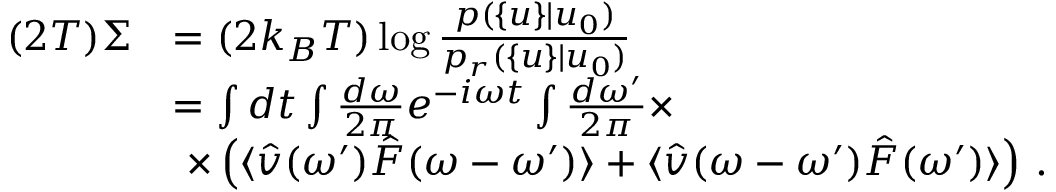
\begin{array} { r l } { ( 2 T ) \Sigma } & { = ( 2 k _ { B } T ) \log \frac { p ( \{ u \} | u _ { 0 } ) } { p _ { r } ( \{ u \} | u _ { 0 } ) } } \\ & { = \int d t \int \frac { d \omega } { 2 \pi } e ^ { - i \omega t } \int \frac { d \omega ^ { \prime } } { 2 \pi } \times } \\ & { \, \, \times \left( \langle \hat { v } ( \omega ^ { \prime } ) \hat { F } ( \omega - \omega ^ { \prime } ) \rangle + \langle \hat { v } ( \omega - \omega ^ { \prime } ) \hat { F } ( \omega ^ { \prime } ) \rangle \right) \, . } \end{array}